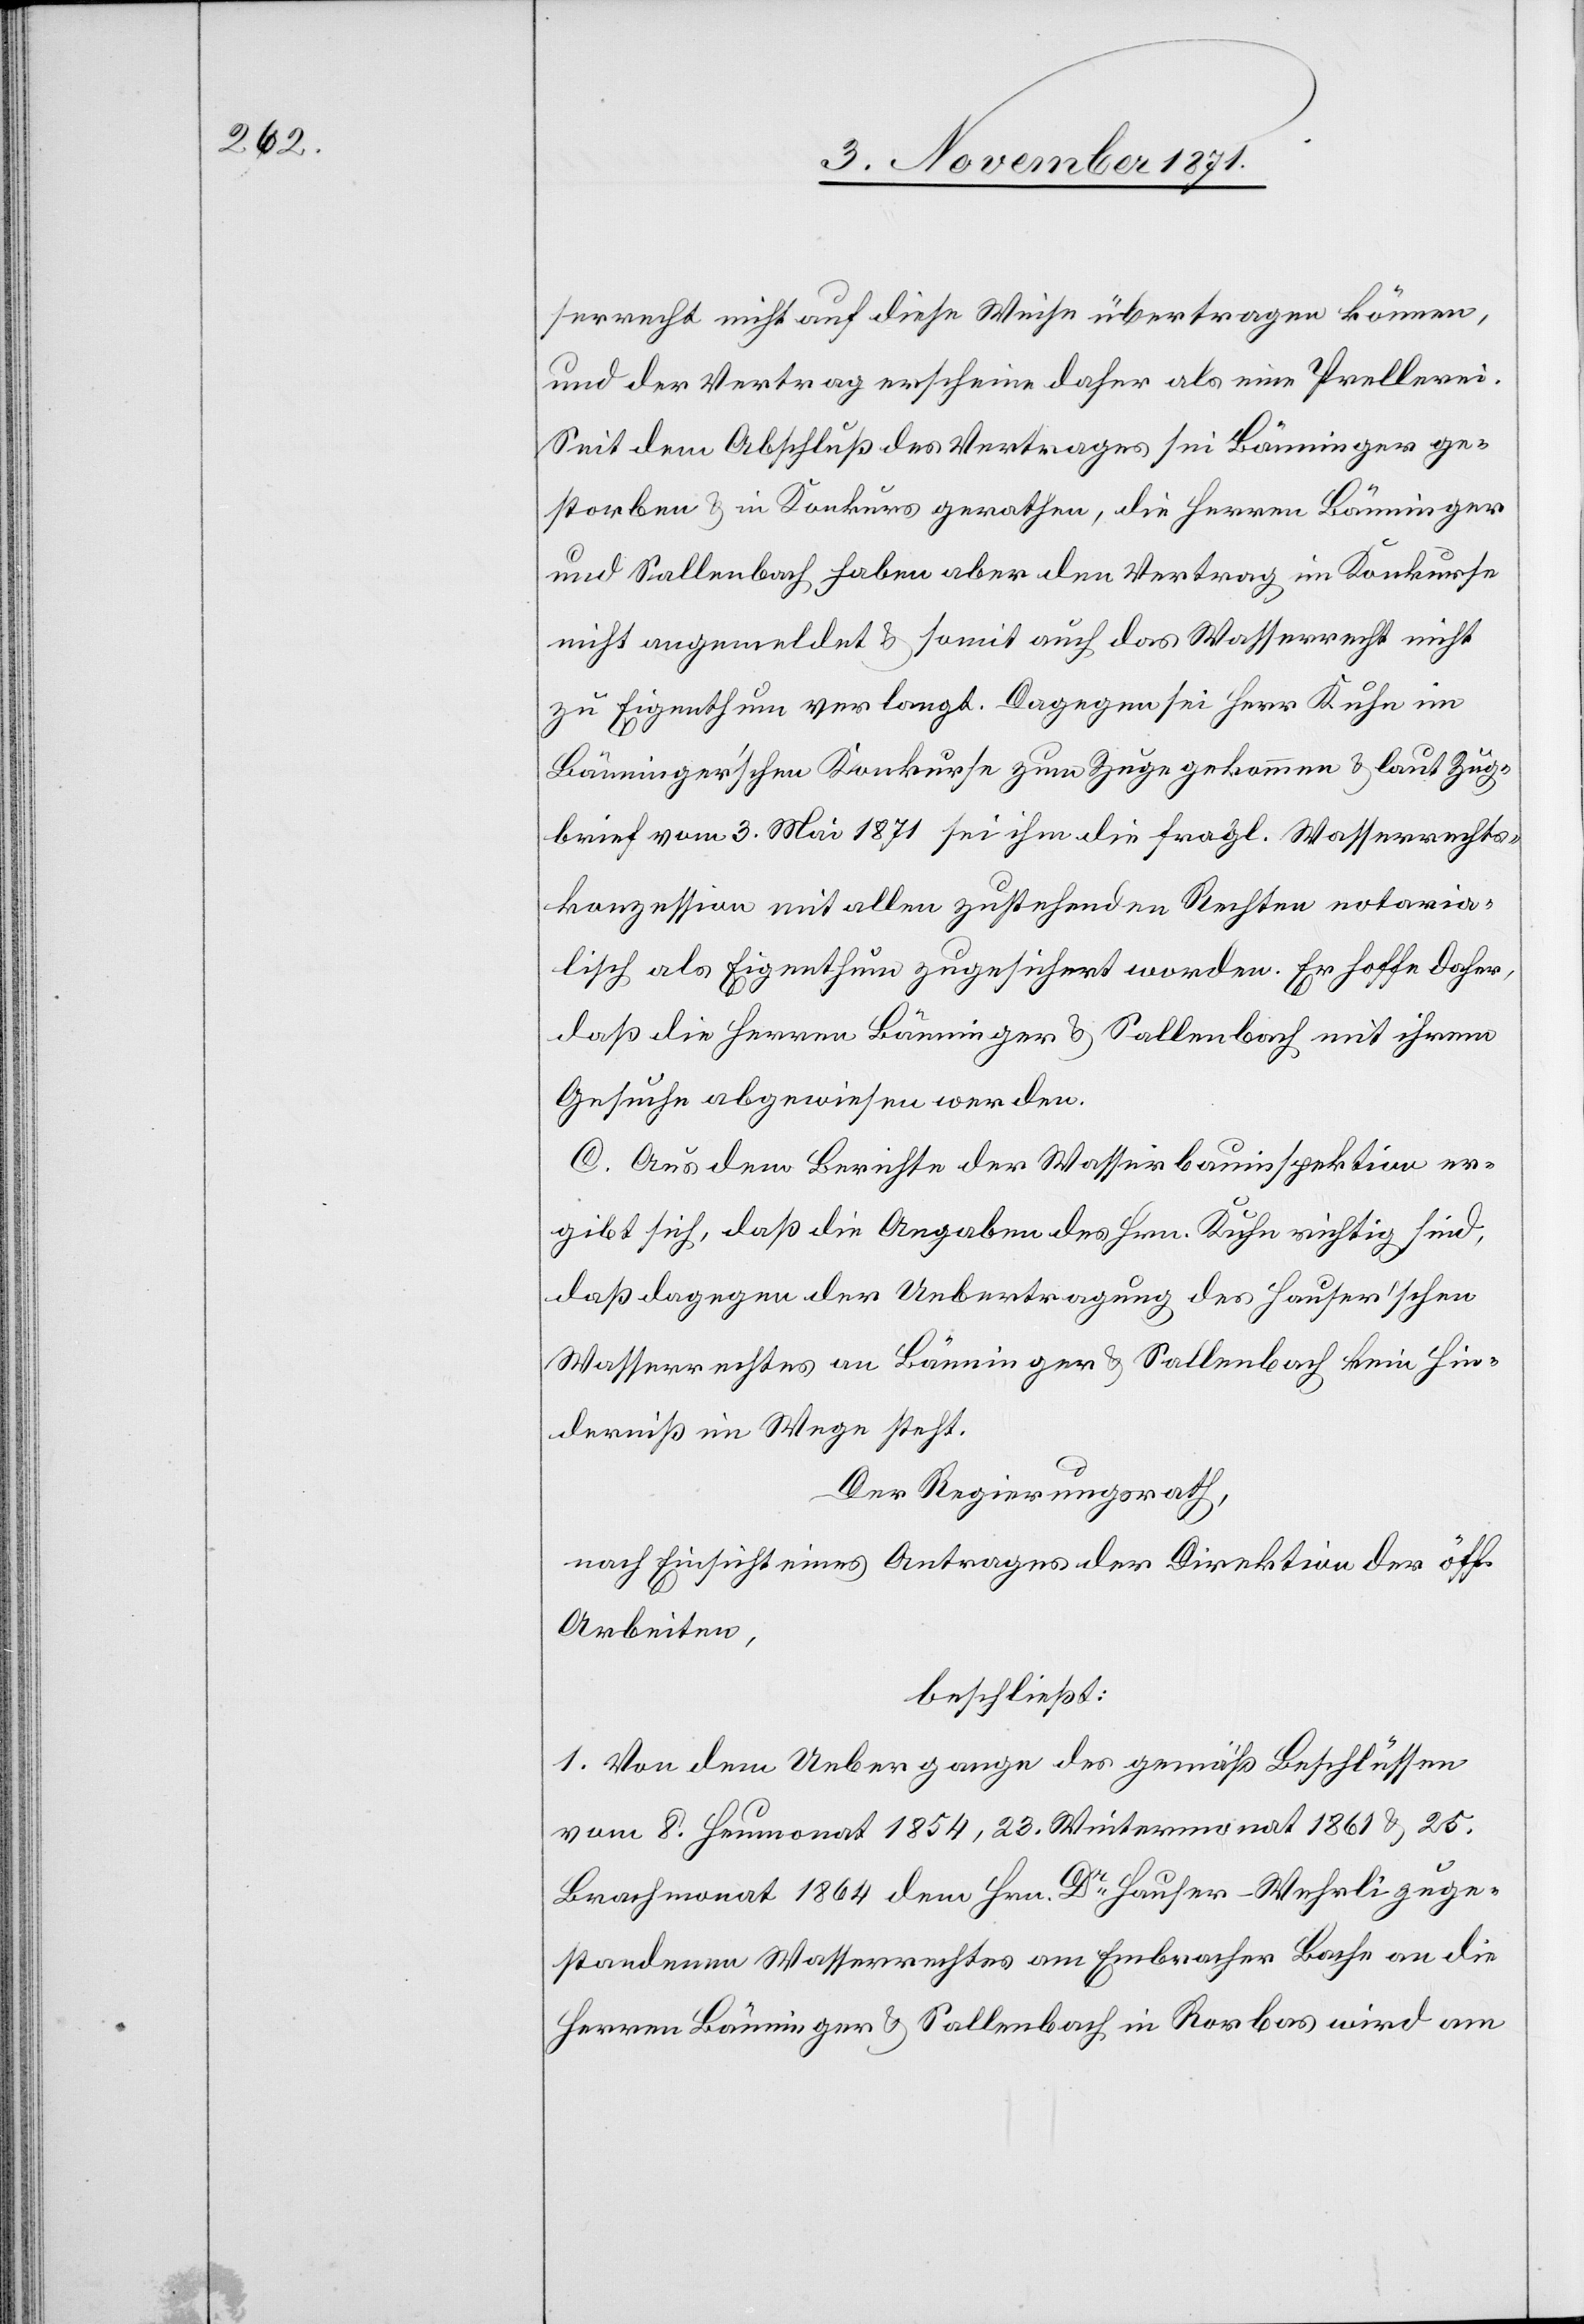
serrecht nicht auf diese Weise übertragen können,
und der Vertrag erscheine daher als eine Prellerei.
Seit dem Abschluß des Vertrages sei Bänninger ge¬
storben & in Konkurs gerathen, die Herren Bänninger
und Sallenbach haben aber den Vertrag im Konkurse
nicht angemeldet & somit auch das Wasserrecht nicht
zu Eigenthum verlangt. Dagegen sei Herr Kuhn im
Bänninger’schen Konkurse zum Zuge gekommen & laut Zug¬
brief vom 3. Mai 1871 sei ihm die fragl. Wasserrechts¬
konzession mit allen zustehenden Rechten notaria¬
lisch als Eigenthum zugesichert worden. Er hoffe daher,
daß die Herren Bänninger & Sallenbach mit ihrem
Gesuche abgewiesen werden.
C. Aus dem Berichte der Wasserbauinspektion er¬
gibt sich, daß die Angaben des Hrn. Kuhn richtig sind,
daß dagegen der Uebertragung des Hauser’schen
Wasserrechtes an Bänninger & Sallenbach kein Hin¬
derniß im Wege steht.
Der Regierungsrath
nach Einsicht eines Antrages der Direktion der öff.
Arbeiten,
beschließt:
1. Von dem Uebergange der gemäß Beschlüssen
vom 8. Heumonat 1854, 23. Wintermonat 1861 & 25.
Brachmonat 1864 dem Hrn. Dr Hauser-Wehrli zuge¬
standenen Wasserrechtes am Embracher Bache an die
Herren Bänninger & Sallenbach in Rorbas wird am